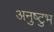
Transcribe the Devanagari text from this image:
अनुष्‍टुभ